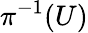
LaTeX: \pi^{-1}(U)